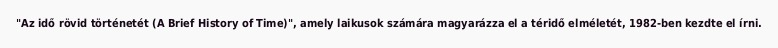
"Az idő rövid történetét (A Brief History of Time)", amely laikusok számára magyarázza el a téridő elméletét, 1982-ben kezdte el írni.